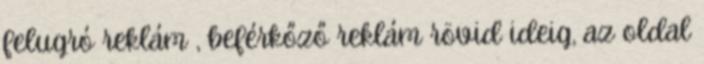
felugró reklám , beférkőző reklám rövid ideig, az oldal